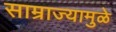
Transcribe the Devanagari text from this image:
साम्राज्यामुळे